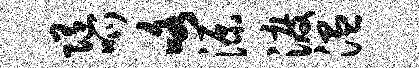
随呱咯源渡温